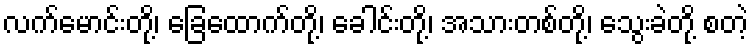
လက်မောင်းတို့၊ ခြေထောက်တို့၊ ခေါင်းတို့၊ အသားတစ်တို့၊ သွေးခဲတို့ စတဲ့